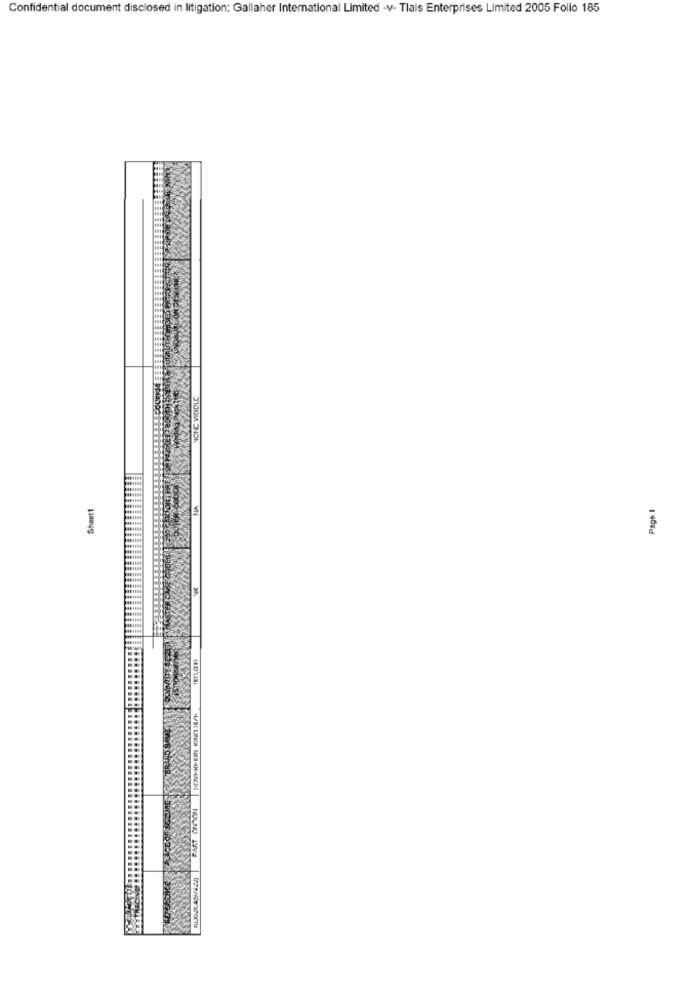
Confidential document disclosed in litigation: Gallaher International Limited -v- Tlais Enterprises Limited 2005 Folio 185
VOIC WIRDLE
Sheet1
Page 1
=